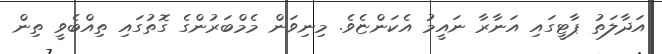
އަދާލަތު ޕާޓީގައި އަނާރާ ނައީމު އެކަންޏެވެ. މިނިވަން މެމްބަރުންގެ ގޮތުގައި ތިއްބެވީ ތިން